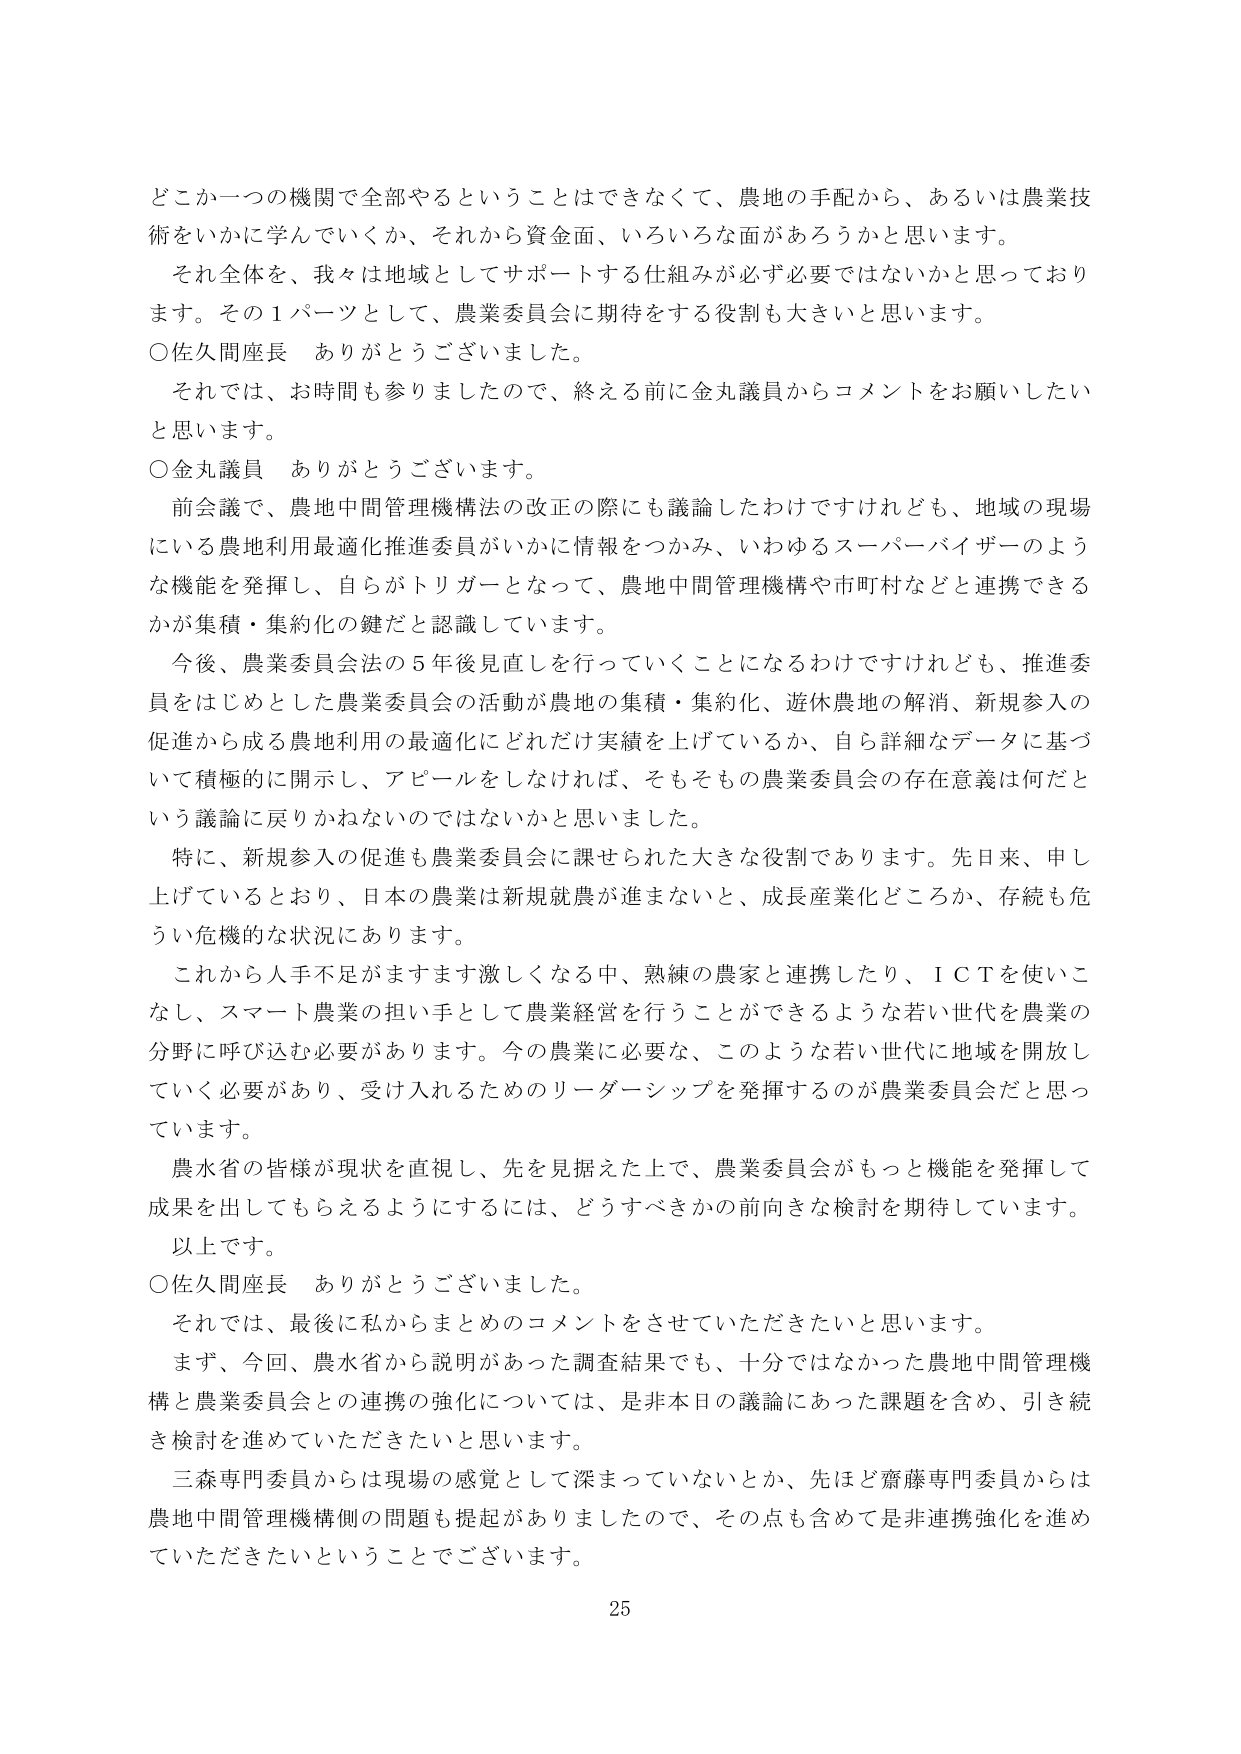
どこか一つの機関で全部やるということはできなくて、農地の手配から、あるいは農業技術をいかに学んでいくか、それから資金面、いろいろな面があろうかと思います。

それ全体を、我々は地域としてサポートする仕組みが必ず必要ではないかと思っております。その１パースとして、農業委員会に期待をする役割も大きいと思います。

○佐久間座長　ありがとうございました。

それでは、お時間も参りましたので、終える前に金丸議員からコメントをお願いしたいと思います。

○金丸議員　ありがとうございます。

前会議で、農地中間管理機構法の改正の際にも議論したわけですけれども、地域の現場にいる農地利用最適化推進委員がいかに情報をつかみ、いわゆるスーパーバイザーのような機能を発揮し、自らがトリガーとなって、農地中間管理機構や市町村などと連携できるかが集積・集約化の鍵だと認識しています。

今後、農業委員会法の５年後見直しを行っていくことになるわけですが、推進委員をはじめとした農業委員会の活動が農地の集積・集約化、遊休農地の解消、新規参入の促進から成る農地利用の最適化にどれだけ実績を上げているか、自ら詳細なデータに基づいて積極的に開示し、アピールをしなければ、そもそも農業委員会の存在意義は何だという議論に戻りかねないのではないかと思いました。

特に、新規参入の促進も農業委員会に課せられた大きな役割であります。先日来、申し上げているとおり、日本の農業は新規就農が進まないと、成長産業化どころか、存続も危うい危機的な状況にあります。

これから人手不足がますます激しくなる中、熟練の農家と連携したり、ＩＣＴを使いこなし、スマート農業の担い手として農業経営を行うことができるような若い世代を農業の分野に呼び込む必要があります。今の農業に必要な、このような若い世代に地域を開放していく必要があり、受け入れるためのリーダーシップを発揮するのが農業委員会だと思っています。

農水省の皆様が現状を直視し、先を見据えた上で、農業委員会がもっと機能を発揮して成果を出してもらえるようにするには、どうすべきかの前向きな検討を期待しています。

以上です。

○佐久間座長　ありがとうございました。

それでは、最後に私からまとめのコメントをさせていただきたいと思います。

まず、今回、農水省から説明があった調査結果でも、十分ではなかった農地中間管理機構と農業委員会との連携の強化については、是非本日の議論にあった課題を含め、引き続き検討を進めていただきたいと思います。

三森専門委員からは現場の感覚として深まっていないとか、先ほど齋藤専門委員からは農地中間管理機構側の問題も提起がありましたので、その点も含めて是非連携強化を進めていただきたいということでございます。

25